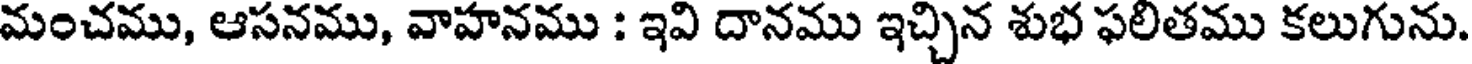
మంచము, ఆసనము, వాహనము : ఇవి దానము ఇచ్చిన శుభ ఫలితము కలుగును.